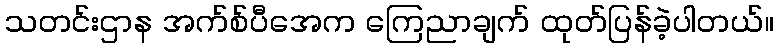
သတင်းဌာန အက်စ်ပီအေက ကြေညာချက် ထုတ်ပြန်ခဲ့ပါတယ်။